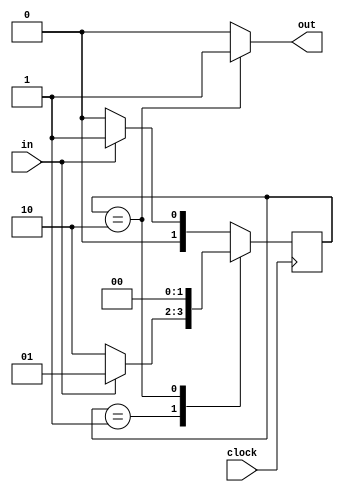
module button(clock, in, out);

input clock, in;
output reg out;

parameter [1:0] off = 0, on = 1, action = 2;

reg [1:0] nextState, state;

always@(posedge clock) begin 
    state <= nextState;
end

always@(*) begin
    case (state)
        off: begin
            out <= 0;
            if (in == 0) nextState <= off;
            else nextState <= on;
        end

        on: begin
            out <= 0;
            if (in == 0) nextState <= action;
            else nextState <= on;
        end

        action: begin
            out <= 1;
            nextState <= off;
        end

        default: begin
            out <= 0;
            if (in == 0) nextState <= off;
            else nextState <= on;
        end
    endcase
end

endmodule